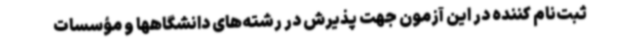
ثبت‌نام کننده در این آزمون جهت پذیرش در رشته‌های دانشگاهها و مؤسسات